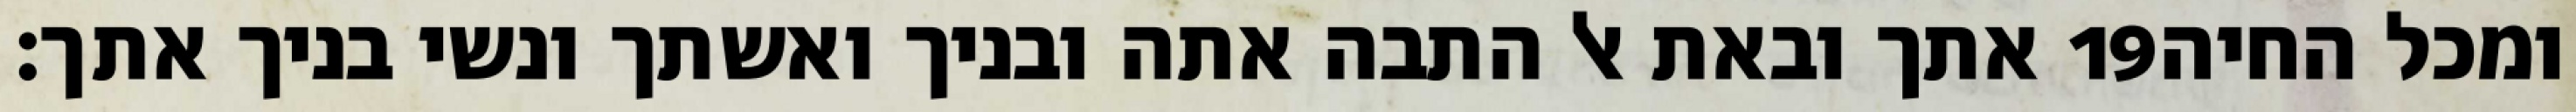
אתך ובאת אל התבה אתה ובניך ואשתך ונשי בניך אתך׃ ‎19‏ ומכל החיה